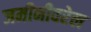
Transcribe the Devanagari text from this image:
जमीनीवरेल